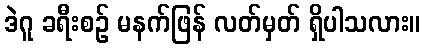
ဒဲဂူ ခရီးစဉ် မနက်ဖြန် လတ်မှတ် ရှိပါသလား။